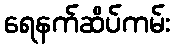
ရေနက်ဆိပ်ကမ်း